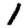
Digit: 1